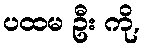
ပထမ ဦး ကို,